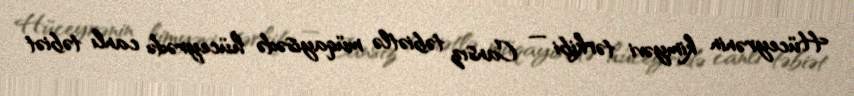
Hüceyrənin kimyəvi tərkibi — Cansız təbiətlə müqayisədə hüceyrədə canlı təbiət